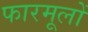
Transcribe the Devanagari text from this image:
फारमूलों